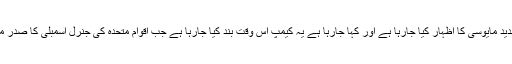
اس اعلان کے بعد سوشل میڈیا پر متحرک بلوچ کارکنان کی جانب سےشدید مایوسی کا اظہار کیا جارہا ہے اور کہا جارہا ہے یہ کیمپ اس وقت بند کیا جارہا ہے جب اقوام متحدہ کی جنرل اسمبلی کا صدر محترمہ ماریا فرنانڈا اسپینوسا پانچ روزہ دورے پر پاکستان پہنچ رہی ہیں۔